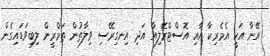
އޭނާ އަކީ އެމެރިކާ އާއި އޮސްޓްރޭލިއާ އަދި އިނގިރޭސި ވިލާތުން ތަމްރީން ލިބިވަޑައިގެން